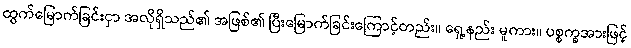
ထွက်မြောက်ခြင်းငှာ အလိုရှိသည်၏ အဖြစ်၏ ပြီးမြောက်ခြင်းကြောင့်တည်း။ ရှေ့နည်း မူကား။ ပစ္စက္ခအားဖြင့်